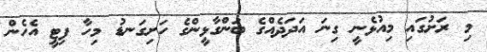
މި ރަށުގައި މިއުޅެނީ ގިނަ އަދަދެއްގެ ބަންގާޅީންގެ ހަށިގަނޑު މިހާ ފިޓީ އެހެން